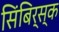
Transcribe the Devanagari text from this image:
सिंबिर्स्क